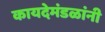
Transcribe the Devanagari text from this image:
कायदेमंडळांनी